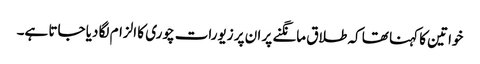
خواتین کا کہنا تھا کہ طلاق مانگنے پر ان پر زیورات چوری کا الزام لگا دیا جاتا ہے۔